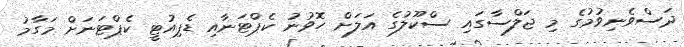
ދަސްވެނިވުމުގެ މި ޖަލްސާގައި ސްކޫލުގެ އަލަށް ހޮވުނު ކެޕްޓަނާއި ޑެޕިއުޓީ ކެޕްޓަނަށް މަގާމު